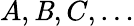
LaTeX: A,\mathit{B},C,\ldots